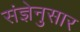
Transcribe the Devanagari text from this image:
संज्ञेनुसार